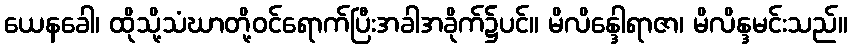
ယေနခေါ၊ ထိုသို့သံဃာတို့ဝင်ရောက်ပြီးအခါအခိုက်၌ပင်။ မိလိန္ဒေါရာဇာ၊ မိလိန္ဒမင်းသည်။